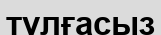
тұлғасыз